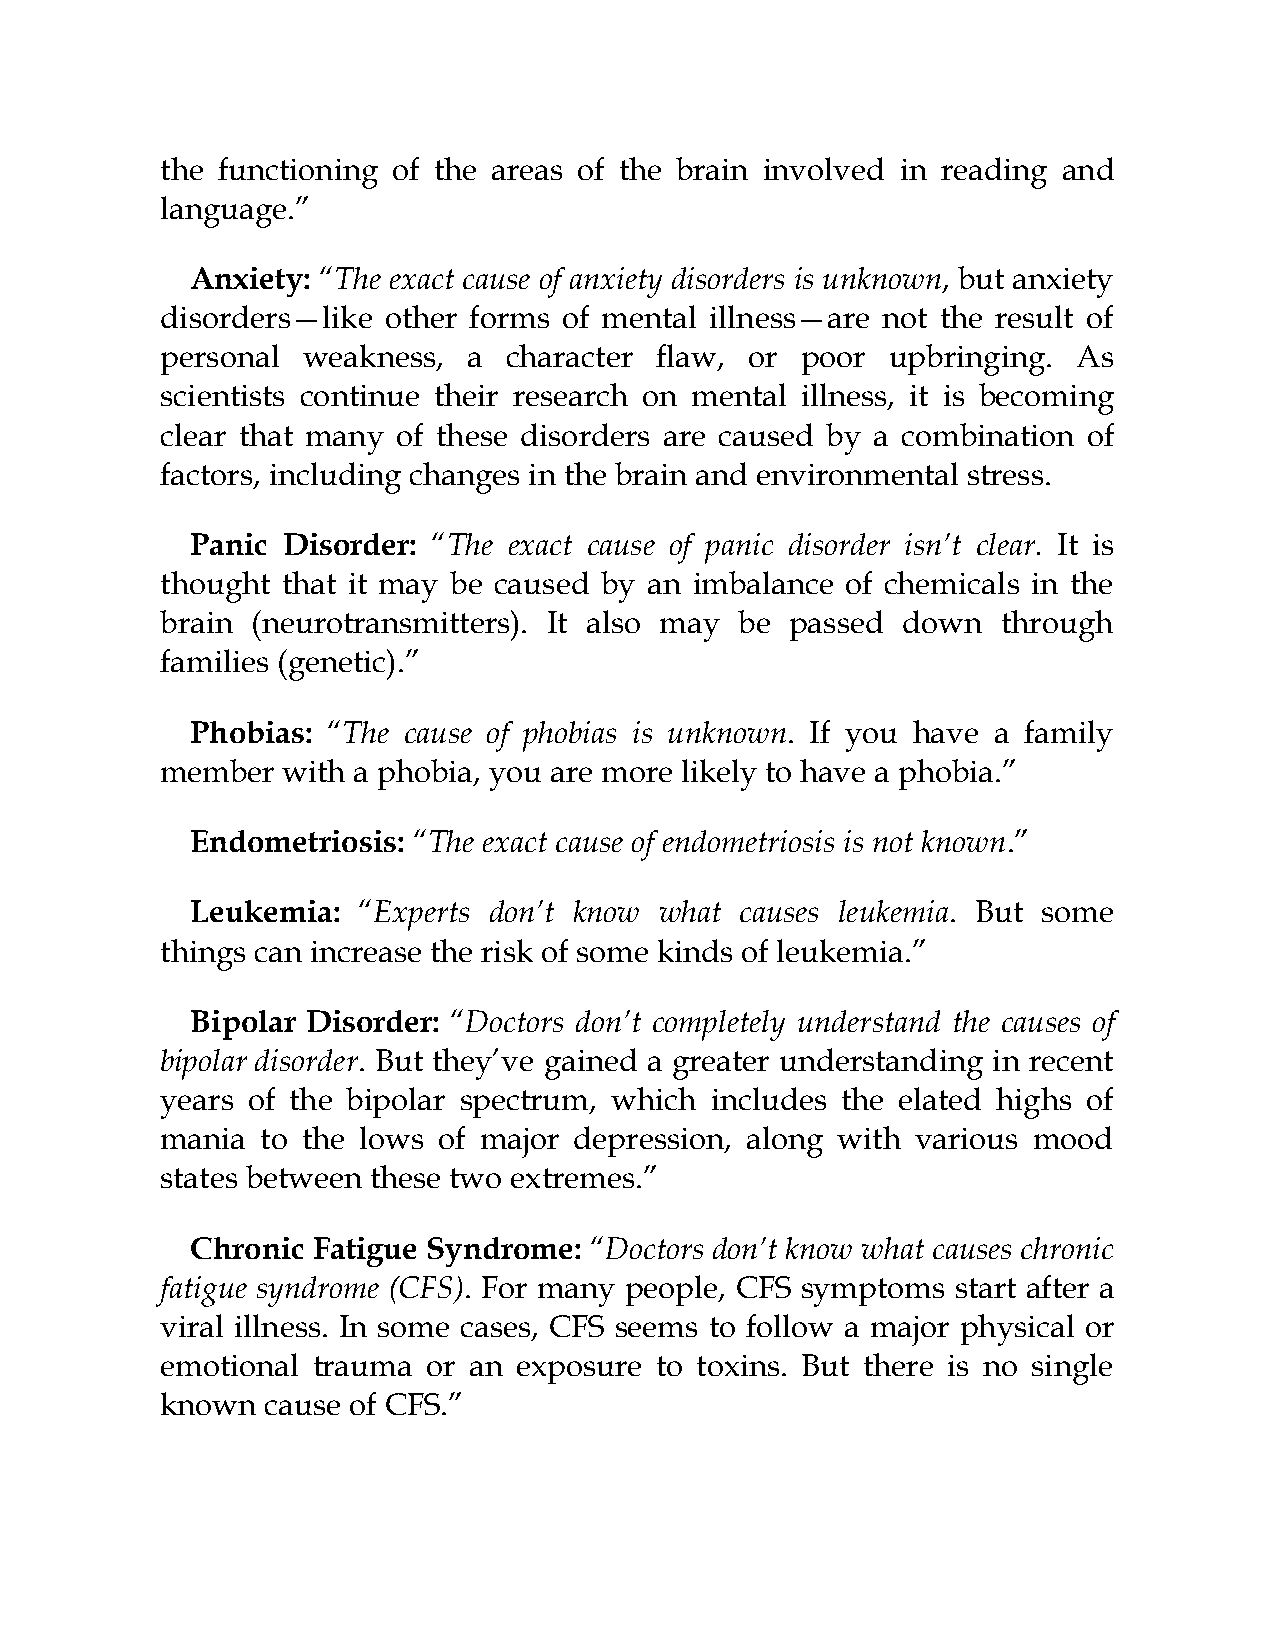
the functioning of the areas of the brain involved in reading and
 language.”
 Anxiety: “The exact cause of anxiety disorders is unknown, but anxiety
 disorders—like other forms of mental illness—are not the result of
 personal weakness,  a character flaw,  or poor  upbringing. As
 scientists continue their research on mental illness, it is becoming
 clear that many of these disorders are caused by a combination of
 factors, including changes in the brain and environmental stress.
 Panic Disorder: “The exact cause of panic disorder isn’t clear. It is
 thought that it may be caused by an imbalance of chemicals in the
 brain (neurotransmitters). It also may be passed down  through
 families (genetic).”
 Phobias: “The cause of phobias is unknown. If you have a family
 member  with a phobia, you are more likely to have a phobia.”
 Endometriosis: “The exact cause of endometriosis is not known.”
 Leukemia:  “Experts don’t know what causes leukemia. But some
 things can increase the risk of some kinds of leukemia.”
 Bipolar Disorder: “Doctors don’t completely understand the causes of
 bipolar disorder. But they’ve gained a greater understanding in recent
 years of the bipolar spectrum, which includes the elated highs of
 mania to the lows of major depression, along with various mood
 states between these two extremes.”
 Chronic Fatigue Syndrome: “Doctors don’t know what causes chronic
 fatigue syndrome (CFS). For many people, CFS symptoms start after a
 viral illness. In some cases, CFS seems to follow a major physical or
 emotional trauma or an exposure to toxins. But there is no single
 known  cause of CFS.”